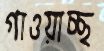
গাওয়াচ্ছ